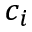
c _ { i }